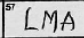
Transcription: LMA